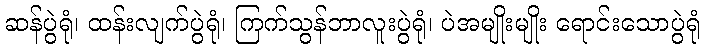
ဆန်ပွဲရုံ၊ ထန်းလျက်ပွဲရုံ၊ ကြက်သွန်ဘာလူးပွဲရုံ၊ ပဲအမျိုးမျိုး ရောင်းသောပွဲရုံ